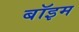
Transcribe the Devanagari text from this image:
बॉइम